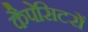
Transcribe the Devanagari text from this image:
कैपेसिटरों